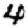
Digit: 4